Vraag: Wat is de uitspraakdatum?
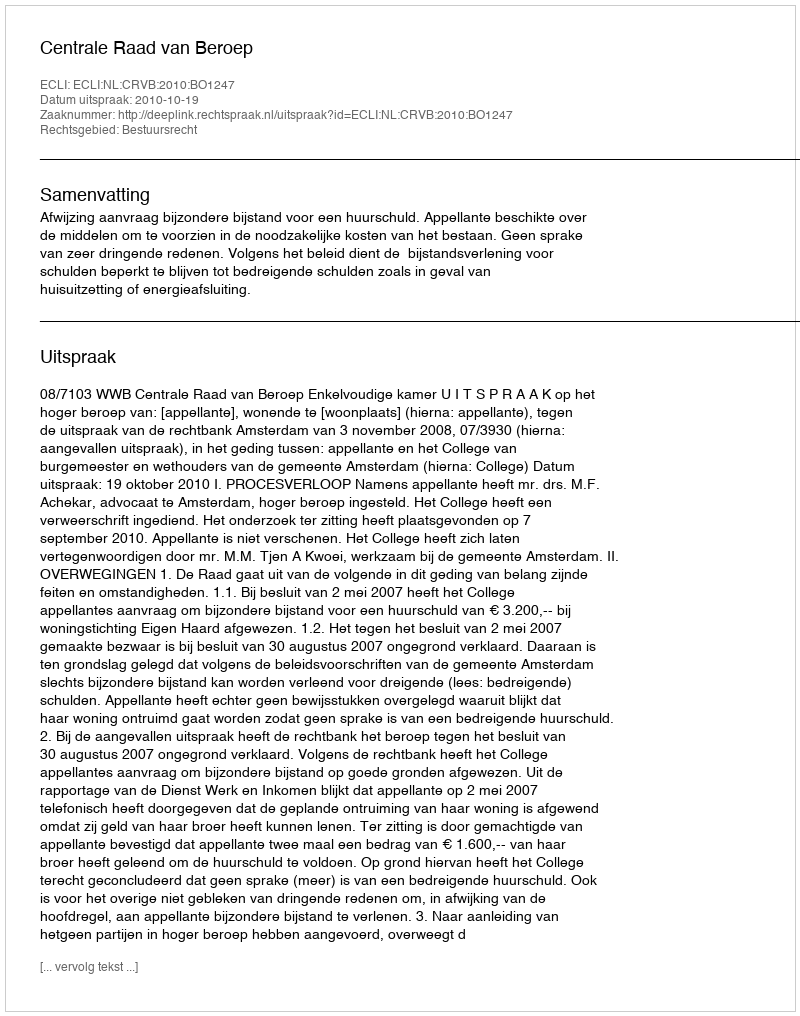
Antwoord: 2010-10-19